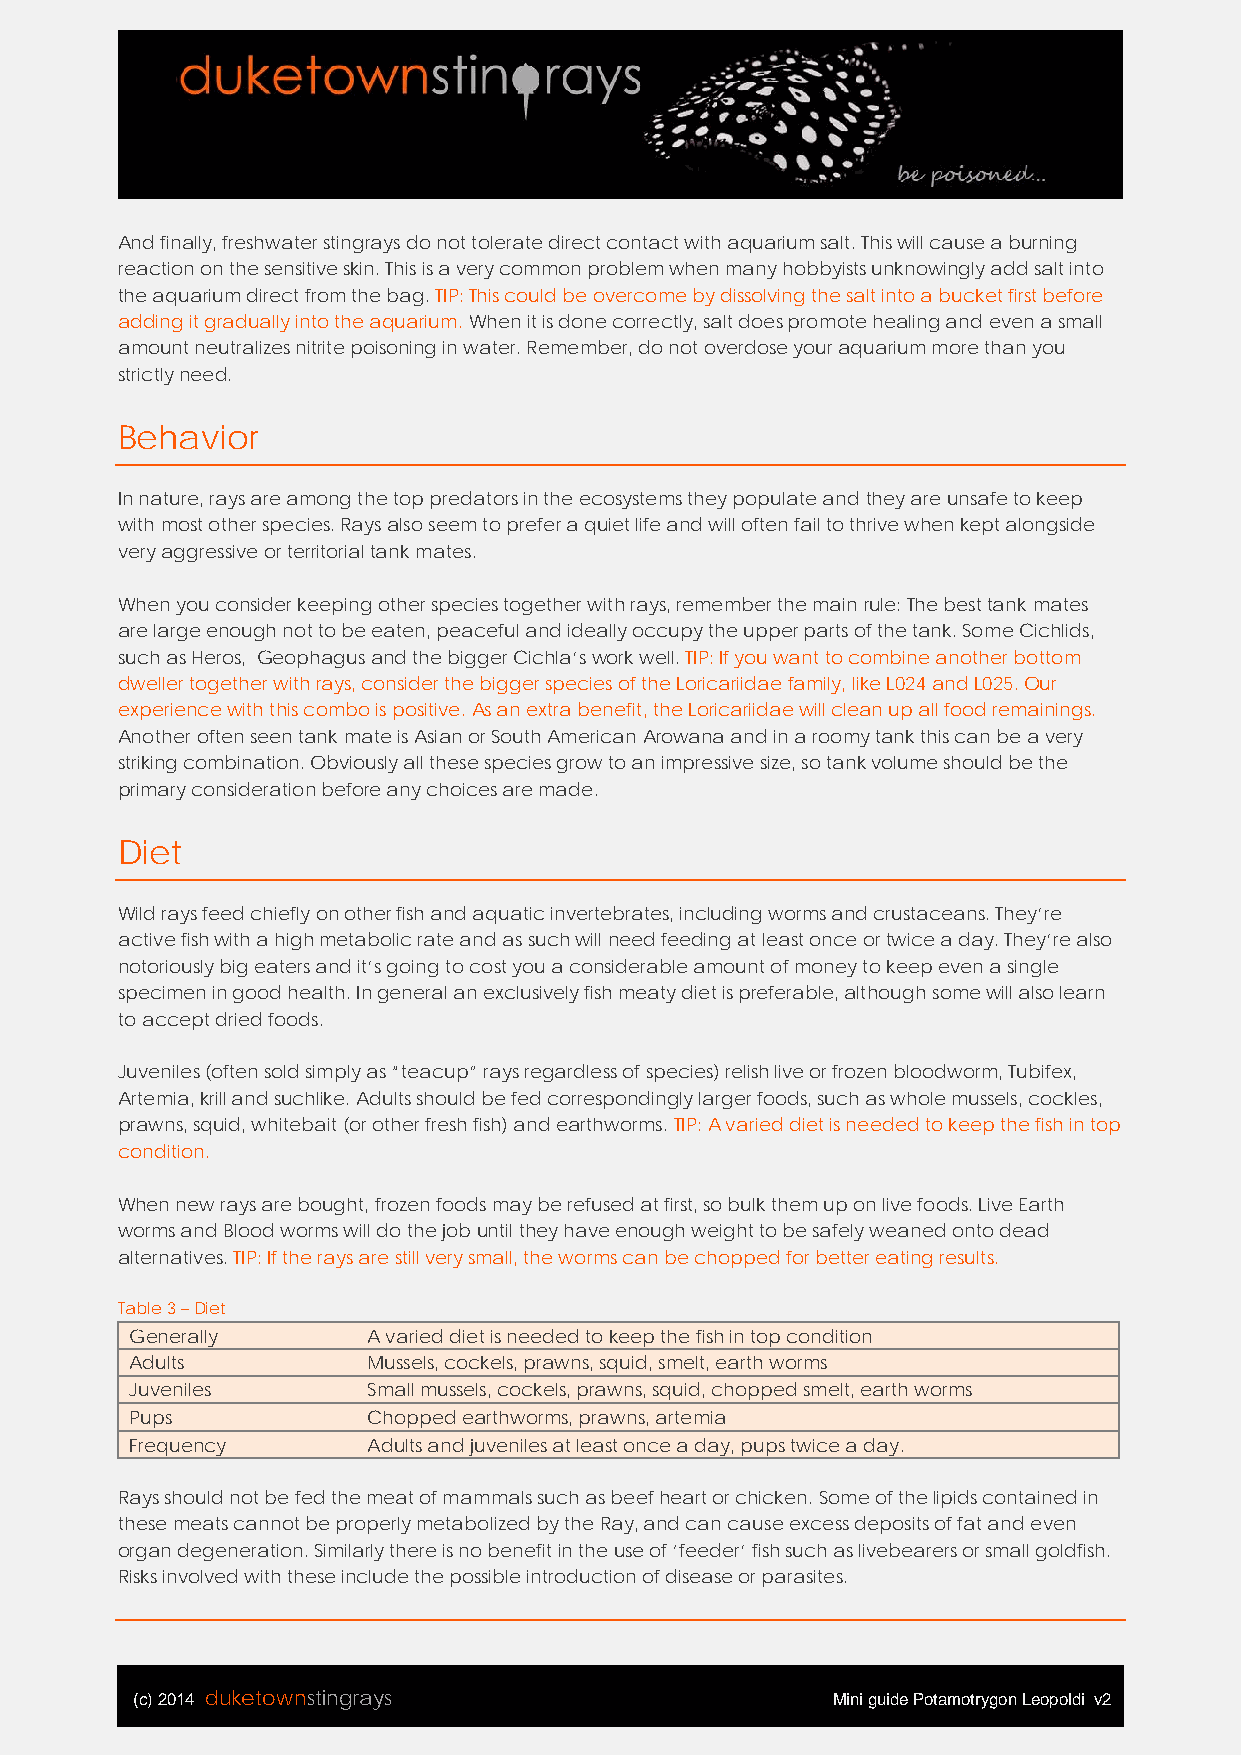
And finally, freshwater stingrays do not tolerate direct contact with aquarium salt. This will cause a burning
 reaction on the sensitive skin. This is a very common problem when many hobbyists unknowingly add salt into
 the aquarium direct from the bag. TIP: This could be overcome by dissolving the salt into a bucket first before
 adding it gradually into the aquarium. When it is done correctly, salt does promote healing and even a small
 amount neutralizes nitrite poisoning in water. Remember, do not overdose your aquarium more than you
 strictly need.
 Behavior
 In nature, rays are among the top predators in the ecosystems they populate and they are unsafe to keep
 with most other species. Rays also seem to prefer a quiet life and will often fail to thrive when kept alongside
 very aggressive or territorial tank mates.
 When you consider keeping other species together with rays, remember the main rule: The best tank mates
 are large enough not to be eaten, peaceful and ideally occupy the upper parts of the tank. Some Cichlids,
 such as Heros, Geophagus and the bigger Cichla’s work well. TIP: If you want to combine another bottom
 dweller together with rays, consider the bigger species of the Loricariidae family, like L024 and L025. Our
 experience with this combo is positive. As an extra benefit, the Loricariidae will clean up all food remainings.
 Another often seen tank mate is Asian or South American Arowana and in a roomy tank this can be a very
 striking combination. Obviously all these species grow to an impressive size, so tank volume should be the
 primary consideration before any choices are made.
 Diet
 Wild rays feed chiefly on other fish and aquatic invertebrates, including worms and crustaceans. They’re
 active fish with a high metabolic rate and as such will need feeding at least once or twice a day. They’re also
 notoriously big eaters and it’s going to cost you a considerable amount of money to keep even a single
 specimen in good health. In general an exclusively fish meaty diet is preferable, although some will also learn
 to accept dried foods.
 Juveniles (often sold simply as “teacup” rays regardless of species) relish live or frozen bloodworm, Tubifex,
 Artemia, krill and suchlike. Adults should be fed correspondingly larger foods, such as whole mussels, cockles,
 prawns, squid, whitebait (or other fresh fish) and earthworms. TIP: A varied diet is needed to keep the fish in top
 condition.
 When new rays are bought, frozen foods may be refused at first, so bulk them up on live foods. Live Earth
 worms and Blood worms will do the job until they have enough weight to be safely weaned onto dead
 alternatives. TIP: If the rays are still very small, the worms can be chopped for better eating results.
 Table 3 – Diet
 Generally      A varied diet is needed to keep the fish in top condition
 Adults         Mussels, cockels, prawns, squid, smelt, earth worms
 Juveniles      Small mussels, cockels, prawns, squid, chopped smelt, earth worms
 Pups           Chopped earthworms, prawns, artemia
 Frequency      Adults and juveniles at least once a day, pups twice a day.
 Rays should not be fed the meat of mammals such as beef heart or chicken. Some of the lipids contained in
 these meats cannot be properly metabolized by the Ray, and can cause excess deposits of fat and even
 organ degeneration. Similarly there is no benefit in the use of ‘feeder’ fish such as livebearers or small goldfish.
 Risks involved with these include the possible introduction of disease or parasites.
 (c) 2014 duketownstingrays                    Mini guide Potamotrygon Leopoldi v2